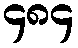
၄၈၄